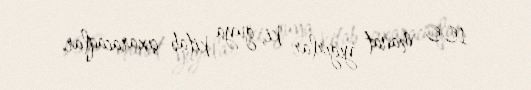
100 manat yığırlar ki, guya kitab çıxaracaqlar.